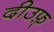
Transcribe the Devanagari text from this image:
दीउफ़्